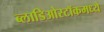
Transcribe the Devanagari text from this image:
ब्लाडिओस्टॉकमध्ये